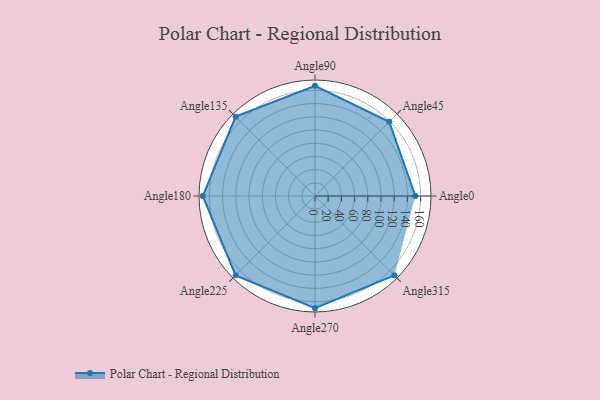
{"axis": {"x": "Angle", "y": "Radius"}, "legend": [""], "data": [{"x": "Angle0", "y": 152.0, "type": ""}, {"x": "Angle45", "y": 159.0, "type": ""}, {"x": "Angle90", "y": 167.0, "type": ""}, {"x": "Angle135", "y": 170, "type": ""}, {"x": "Angle180", "y": 170, "type": ""}, {"x": "Angle225", "y": 170, "type": ""}, {"x": "Angle270", "y": 170, "type": ""}, {"x": "Angle315", "y": 170, "type": ""}]}